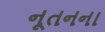
નૂતનના